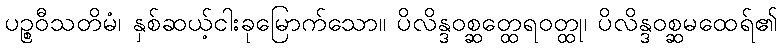
ပဉ္စဝီသတိမံ၊ နှစ်ဆယ့်ငါးခုမြောက်သော။ ပိလိန္ဒဝစ္ဆတ္ထေရဝတ္ထု၊ ပိလိန္ဒဝစ္ဆမထေရ်၏